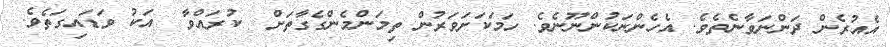
އެއުރެން ދަންނަވާނެތެވެ. އެހެންނަކުންނޫނެވެ. ހަމަކަށަވަރުން ތިމަންމެންގެގާތަށް  ކުރައްވާ  އަކު ވަޑައިގަތެވެ.